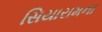
સિયારામના